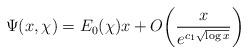
LaTeX: \begin{align*}\Psi(x,\chi)=E_0(\chi)x+O\bigg(\frac{x}{e^{c_1\sqrt{\log x}}}\bigg)\end{align*}